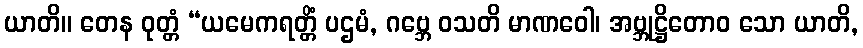
ယာတိ။ တေန ဝုတ္တံ “ယမေကရတ္တိံ ပဌမံ, ဂဗ္ဘေ ဝသတိ မာဏဝေါ၊ အဗ္ဘုဋ္ဌိတောဝ သော ယာတိ,